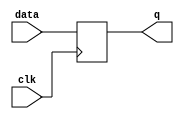
module d_flip_flop(
    input data,
    input clk,
    output reg q
);

always @(posedge clk) begin
    q <= data;
end

endmodule